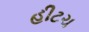
હીટચ